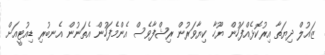
ޒައުލް ދިޔަތާ އިރުކޮޅެއްފަހުން ޔޫހާ ކިޔާވަރުން ރިޝްފާވެސް އެންމެފަހުން އެތަނުން އެނބުރި ޑިއުޓީއަށް